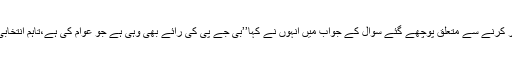
اسمبلی انتخابات کے موخر کرنے سے متعلق پوچھے گئے سوال کے جواب میں انہوں نے کہا’’بی جے پی کی رائے بھی وہی ہے جو عوام کی ہے،تاہم انتخابی کمیشن کا اپنا رول ہے‘‘۔